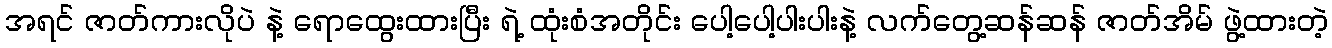
အရင် ဇာတ်ကားလိုပဲ နဲ့ ရောထွေးထားပြီး ရဲ့ ထုံးစံအတိုင်း ပေါ့ပေါ့ပါးပါးနဲ့ လက်တွေ့ဆန်ဆန် ဇာတ်အိမ် ဖွဲ့ထားတဲ့